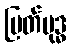
မြတ်ဗုဒ္ဓ